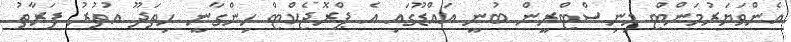
އެންވަޔަރުމަންޓް މިނިސްޓްރީން ބުނީ އައްޑޫގައި އެ ޕްރޮޖެކްޓް ހިންގާނީ ހިތަދޫ އުތުރު ފަރާތު